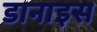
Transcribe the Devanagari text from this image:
डानाइस